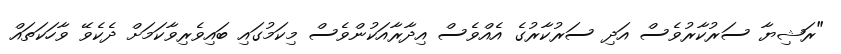
"ރަޝިޔާ ސަރުކާރުވެސް އަދި ސަރުކާރުގެ އެއްވެސް އިދާރާއަކުންވެސް މިކަމުގައި ބައިވެރިވާކަމަށް ދެކެވޭ ވާހަކަތައް